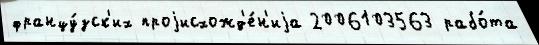
францу́зск'их проjисхожд'е́н'иjа 2006103563 рабо́та